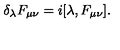
\delta _ { \lambda } F _ { \mu \nu } = i [ \lambda , F _ { \mu \nu } ] .